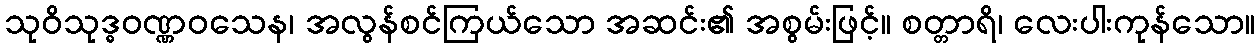
သုဝိသုဒ္ဓဝဏ္ဏဝသေန၊ အလွန်စင်ကြယ်သော အဆင်း၏ အစွမ်းဖြင့်။ စတ္တာရိ၊ လေးပါးကုန်သော။